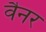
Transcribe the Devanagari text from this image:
वैनर